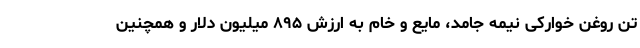
تن روغن خوارکی نیمه جامد، مایع و خام به ارزش ۸۹۵ میلیون دلار و همچنین